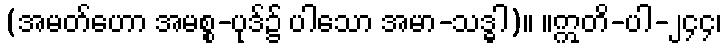
(အမတ်ဟော အမစ္စ-ပုဒ်၌ ပါသော အမာ-သဒ္ဓါ)။ ။ဣတိ-ပါ-၂၄၄၊